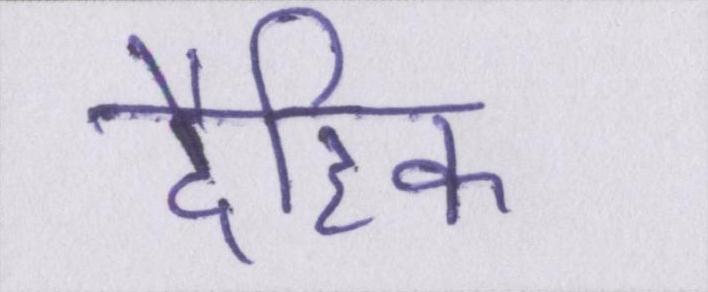
दैहिक